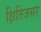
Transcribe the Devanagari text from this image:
क्षितिजसर